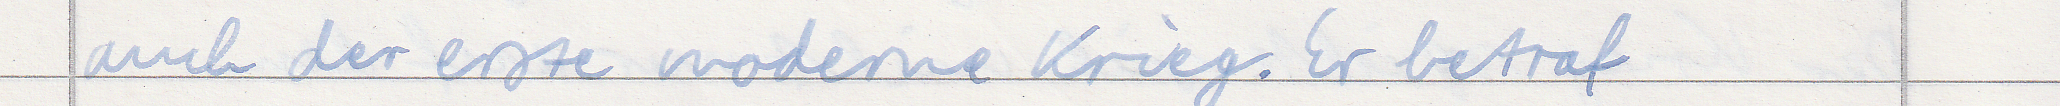
auch der erste moderne Krieg. Er betraf